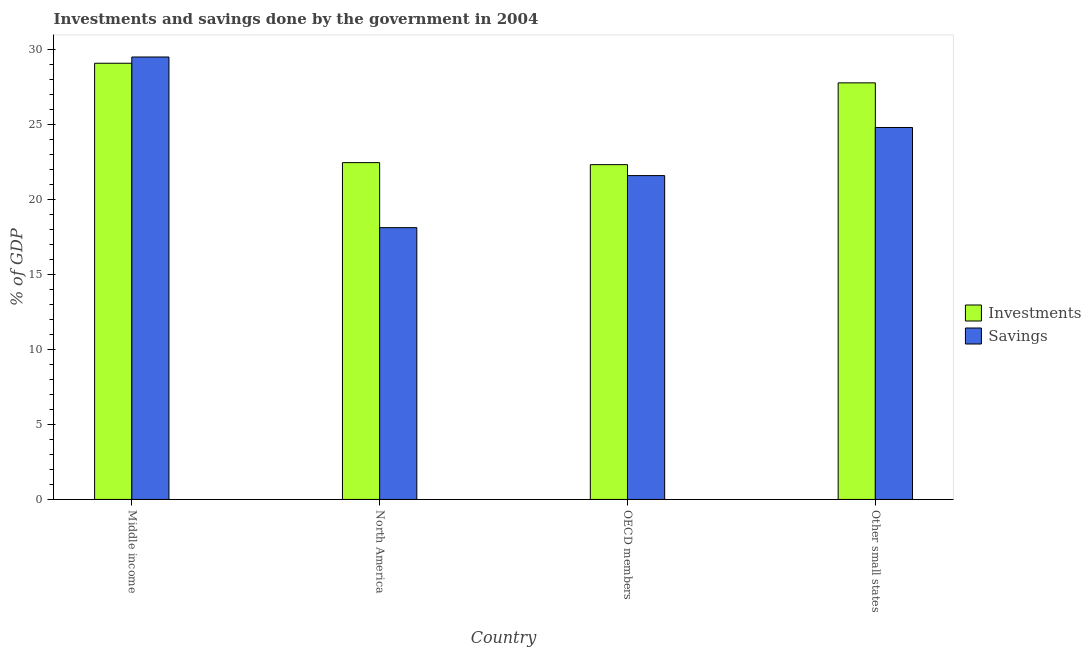
| Country | Investments | Savings |
 | --- | --- | --- |
 | Middle income | 29.1 | 29.5 |
 | North America | 22.5 | 18.1 |
 | OECD members | 22.3 | 21.6 |
 | Other small states | 27.8 | 24.8 |